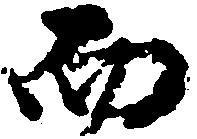
而